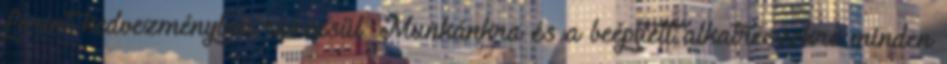
forint kedvezményben részesül. Munkánkra és a beépített alkatrészekre minden